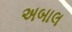
અબાલ